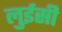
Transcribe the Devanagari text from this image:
लुईसी